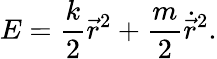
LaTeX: E=\frac{k}{2}{\vec{r}}^{2}+\frac{m}{2}{\dot{\vec{r}}}^{2}.